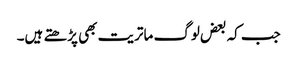
جب کہ بعض لوگ ماتریت بھی پڑھتے ہیں۔